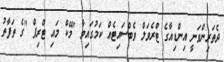
ދެތަރިންވަނީ އިންޑިއާގެ ޓްރެވަލް ވެބްސައިޓެއް ކަމުގައިވާ "މޭކް މައި ޓްރިޕް "ގެ ތަފާތު